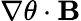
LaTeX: \mathbf{\nabla}\theta\cdot\mathbf{B}